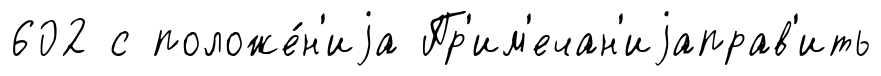
602 с положе́н'иjа Пр'им'ечан'иjаправ'ить